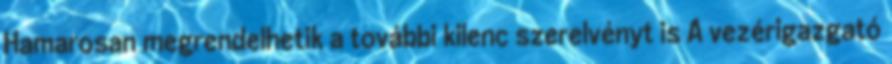
Hamarosan megrendelhetik a további kilenc szerelvényt is A vezérigazgató